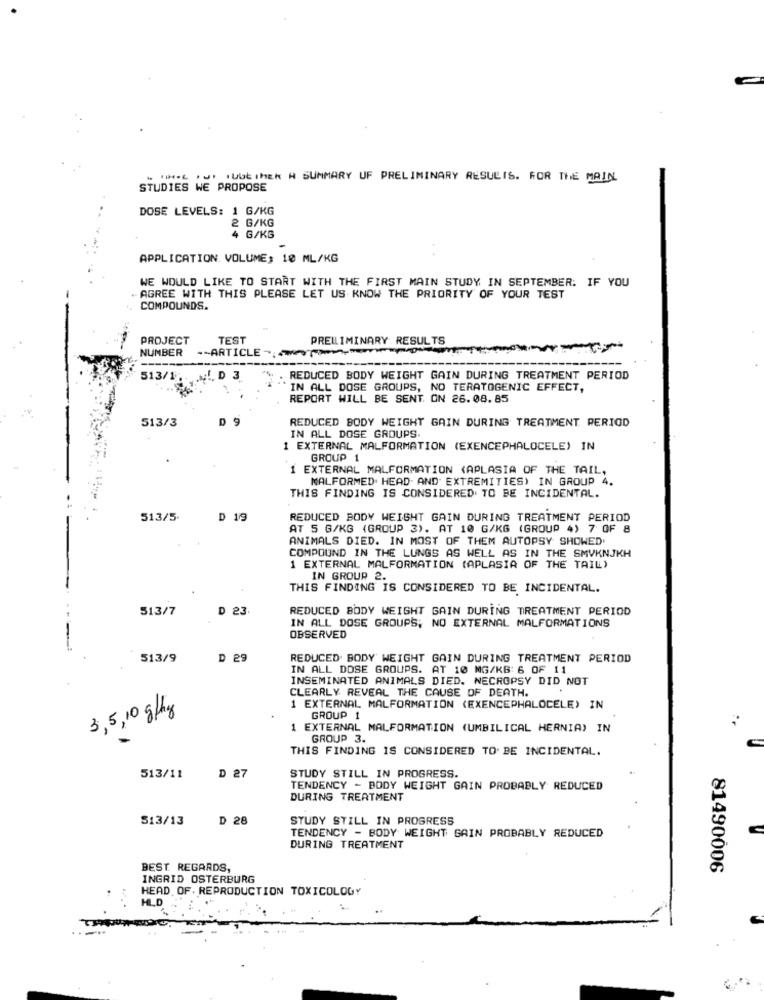
- THE . UGETHE # SUMMARY UF PRELIMINARY RESULTS. FOR THE MAIN
STUDIES WE PROPOSE
DOSE LEVELS: 1 G/KG
2 G/KG
4 G/KG
APPLICATION. VOLUME: 10 ML/KG
WE WOULD LIKE TO START WITH THE FIRST MAIN STUDY IN SEPTEMBER. IF YOU
. AGREE WITH THIS PLEASE LET US KNOW THE PRIORITY OF YOUR TEST
COMPOUNDS.
PROJECT
TEST
PRELIMINARY RESULTS
NUMBER
-- ARTICLE -
513/1
3
REDUCED BODY WEIGHT GAIN DURING TREATMENT PERIOD
`IN ALL DOSE GROUPS, NO TERATOGENIC EFFECT,
REPORT WILL BE SENT. ON 26.08.85
513/3
D 9
REDUCED BODY WEIGHT GAIN DURING TREATMENT PERIOD
IN ALL DOSE GROUPS.
1 EXTERNAL MALFORMATION (EXENCEPHALOCELE) IN
GROUP 1
1 EXTERNAL MALFORMATION (APLASIA OF THE TAIL,
MALFORMED. HEAD. AND EXTREMITIES) IN GROUP 4.
THIS FINDING IS CONSIDERED TO BE INCIDENTAL.
513/5-
D 19
REDUCED BODY WEIGHT GAIN DURING TREATMENT PERIOD
AT 5 G/KG (GROUP 3). AT 10 G/KG (GROUP 4) 7 OF 8
ANIMALS DIED. IN MOST OF THEM AUTOPSY SHOWED
COMPOUND IN THE LUNGS AS WELL AS IN THE SMVKNJKH
1 EXTERNAL MALFORMATION (APLASIA OF THE TAIL)
IN GROUP 2.
THIS FINDING IS CONSIDERED TO BE INCIDENTAL.
513/7
D 23
REDUCED BODY WEIGHT GAIN DURING TREATMENT PERIOD
IN ALL DOSE GROUPS, NO EXTERNAL MALFORMATIONS
OBSERVED
513/9
D 29
REDUCED BODY WEIGHT GAIN DURING TREATMENT PERIOD
IN ALL DOSE GROUPS. AT 10 MG/KB: 6 OF 11
INSEMINATED ANIMALS DIED. NECROPSY DID NOT
CLEARLY REVEAL THE CAUSE OF DEATH.
1 EXTERNAL MALFORMATION (EXENCEPHALOCELE) IN
3,5 ,10 g/kg
GROUP 1
1 EXTERNAL MALFORMATION (UMBILICAL HERNIA) IN
GROUP 3.
THIS FINDING IS CONSIDERED TO BE INCIDENTAL.
513/11
D 27
STUDY STILL IN PROGRESS.
TENDENCY - BODY WEIGHT GAIN PROBABLY REDUCED
DURING TREATMENT
513/13
D 28
STUDY STILL IN PROGRESS
TENDENCY - BODY WEIGHT GAIN PROBABLY REDUCED
DURING TREATMENT
BEST REGARDS,
81490006
INGRID OSTERBURG
HEAD, OF. REPRODUCTION TOXICOLOGY